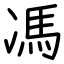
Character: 馮